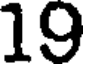
19